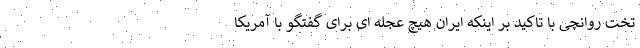
تخت روانچی با تاکید بر اینکه ایران هیچ عجله ای برای گفتگو با آمریکا